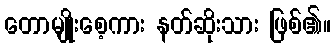
တောမျိုးစေ့ကား နတ်ဆိုးသား ဖြစ်၏။